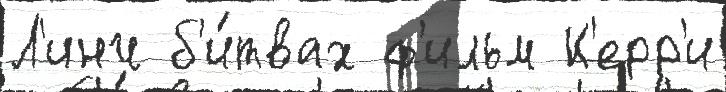
Л'инч б'и́твах ф'ильм К'ерр'и